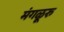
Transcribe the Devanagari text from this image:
मंगळूरु